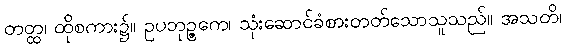
တတ္ထ၊ ထိုစကား၌။ ဥပဘုဉ္ဇကေ၊ သုံးဆောင်ခံစားတတ်သောသူသည်။ အသတိ၊